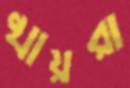
খায়রা